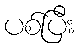
ပစ်ပြီး